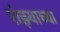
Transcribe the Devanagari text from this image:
रांझ्याच्या